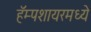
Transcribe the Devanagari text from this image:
हॅम्पशायरमध्ये